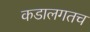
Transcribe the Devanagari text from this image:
कडालगतच